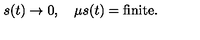
s ( t ) \to 0 , \quad \mu s ( t ) = \mathrm { f i n i t e } .